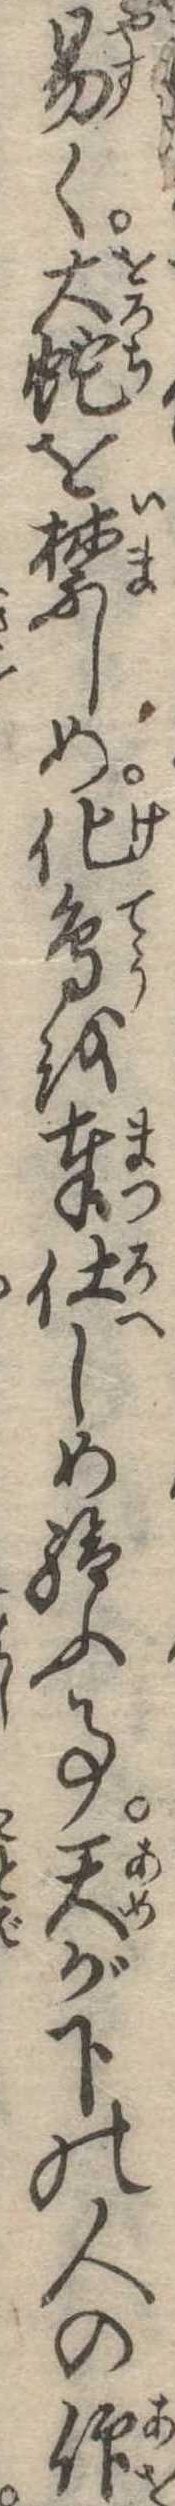
易く大蛇を禁しめ化鳥を奉仕しめ給ふ事天が下の人の仰